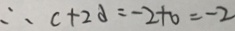
\therefore c + 2 d = - 2 + 0 = - 2